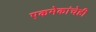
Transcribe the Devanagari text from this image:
एकमेकांचेही